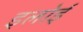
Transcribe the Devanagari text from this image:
इलोई